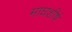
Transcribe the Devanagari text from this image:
माघशीर्ष